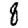
Digit: 8